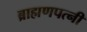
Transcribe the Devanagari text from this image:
ब्राह्मणपत्नी